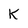
Character: K